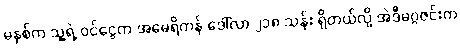
မနှစ်က သူ့ရဲ့ ဝင်ငွေက အမေရိကန် ဒေါ်လာ ၂၁၈ သန်း ရှိတယ်လို့ အဲဒီမဂ္ဂဇင်းက